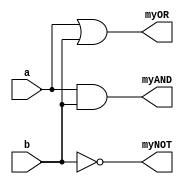
`timescale 1ns / 1ps
//////////////////////////////////////////////////////////////////////////////////
// Company: 
// Engineer: 
// 
// Design Name: 
// Module Name: top
// Project Name: 
// Target Devices: 
// Tool Versions: 
// Description: 
// 
// Dependencies: 
// 
// Revision:
// Revision 0.01 - File Created
// Additional Comments:
// 
//////////////////////////////////////////////////////////////////////////////////


module top(
        input a,
        input b,
        output myAND,
        output myOR,
        output myNOT
    );
    assign myAND = a&b;
    assign myOR = a|b;
    assign myNOT = ~b;
endmodule